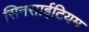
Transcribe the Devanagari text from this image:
सिनसाईटियम